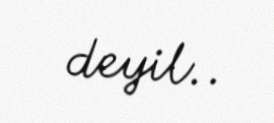
deyil..